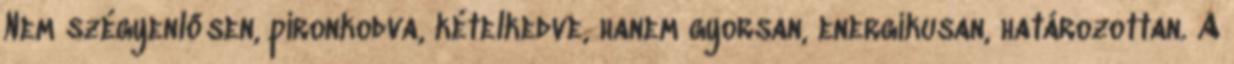
Nem szégyenlősen, pironkodva, kételkedve, hanem gyorsan, energikusan, határozottan. A